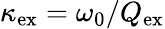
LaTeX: \kappa_{\mathrm{ex}}=\omega_{0}/Q_{\mathrm{ex}}